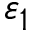
\varepsilon _ { 1 }